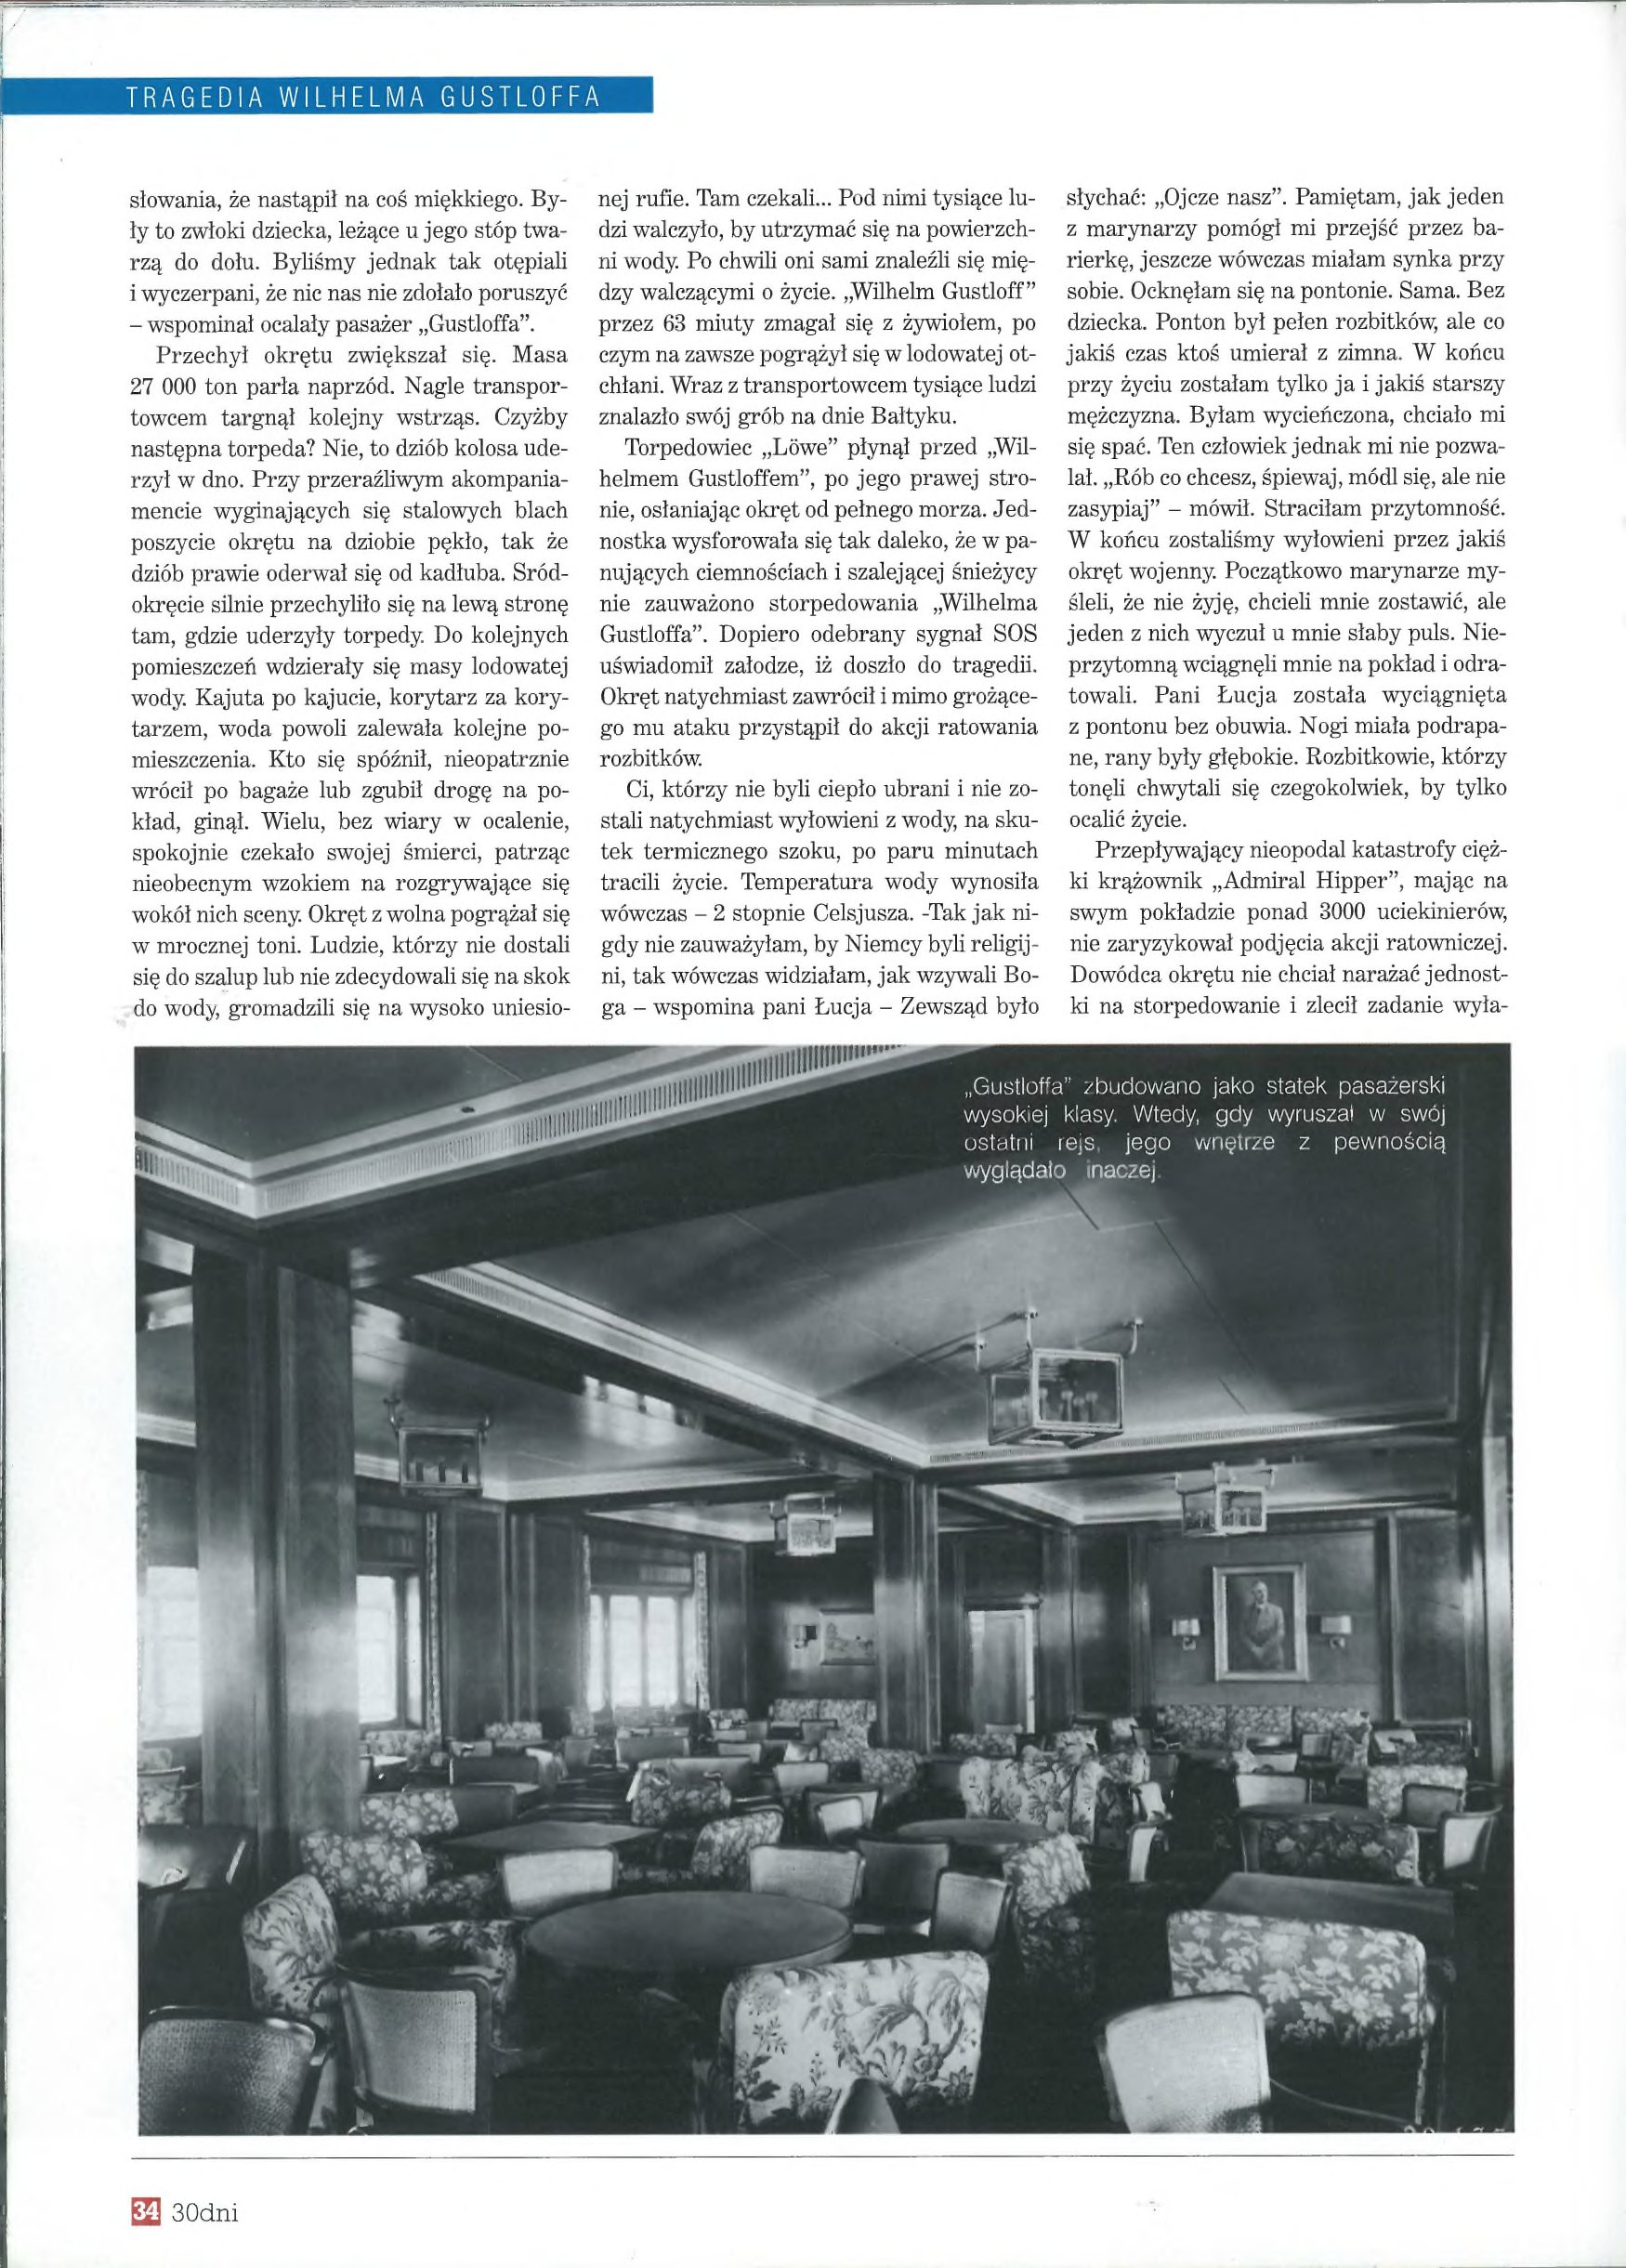
Language: pl